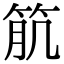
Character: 𥬾